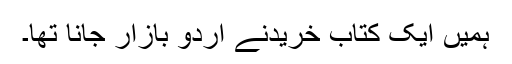
ہمیں ایک کتاب خریدنے اردو بازار جانا تھا۔